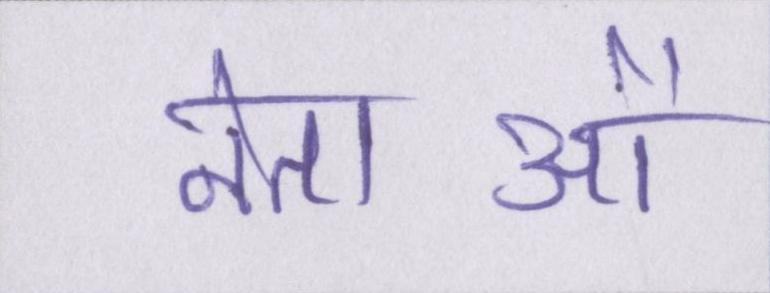
नेताओं